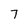
Character: 7